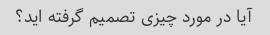
آیا در مورد چیزی تصمیم گرفته اید؟